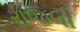
રાજલી